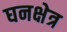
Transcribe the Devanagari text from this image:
घनक्षेत्र